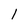
Character: 1